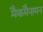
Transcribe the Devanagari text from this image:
मैकमैनामन